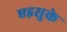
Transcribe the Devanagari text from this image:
एइसुके